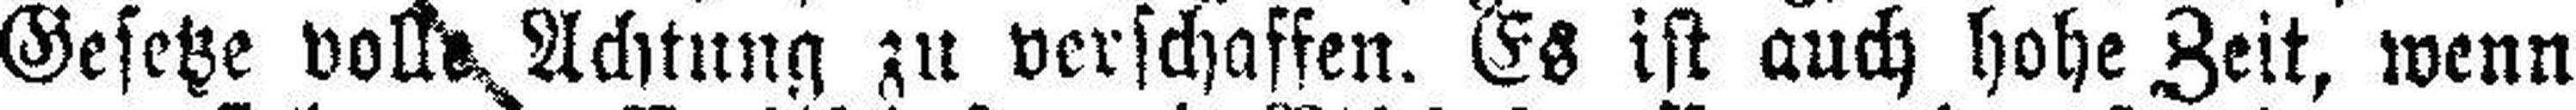
Gesetze volle Achtung zu verschaffen. Es ist auch hohe Zeit, wenn